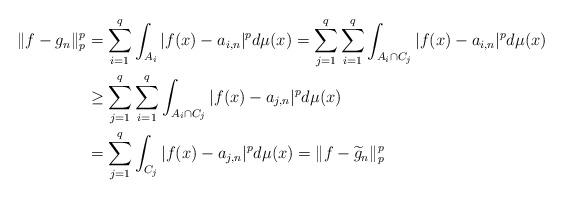
LaTeX: \begin{align*}\|f-g_n\|_p^p&=\sum_{i=1}^q\int_{A_i}|f(x)-a_{i,n}|^pd\mu(x)=\sum_{j=1}^q\sum_{i=1}^q\int_{A_i\cap C_j}|f(x)-a_{i,n}|^pd\mu(x) \\&\geq \sum_{j=1}^q\sum_{i=1}^q\int_{A_i\cap C_j}|f(x)-a_{j,n}|^pd\mu(x)\\&=\sum_{j=1}^q \int_{C_j} |f(x)-a_{j,n}|^pd\mu(x)=\|f-\widetilde g_n\|_p^p\end{align*}